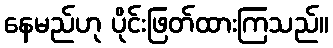
နေမည်ဟု ပိုင်းဖြတ်ထားကြသည်။